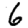
Digit: 6